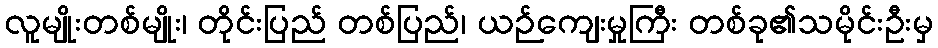
လူမျိုးတစ်မျိုး၊ တိုင်းပြည် တစ်ပြည်၊ ယဉ်ကျေးမှုကြီး တစ်ခု၏သမိုင်းဦးမှ